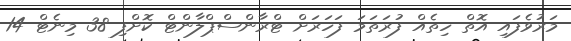
މަރުވެފައި އޮތް ހިތެއް ފުރަތަމަ ފަހަރަށް ޓްރާންސްޕްލާންޓް ކޮށްފި 38 މިނެޓް 14